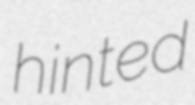
hinted